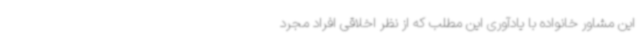
این مشاور خانواده با یادآوری این مطلب که از نظر اخلاقی افراد مجرد